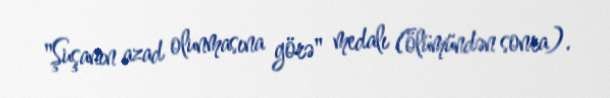
"Şuşanın azad olunmasına görə" medalı (ölümündən sonra).